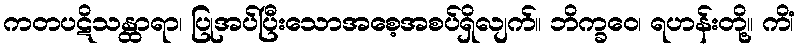
ကတပဋိသန္ထာရာ၊ ပြုအပ်ပြီးသောအစေ့အစပ်ရှိလျက်။ ဘိက္ခဝေ၊ ရဟန်းတို့။ ကိံ၊